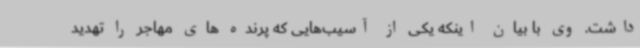
داشت. وی با بیان اینکه یکی از آسیب‌هایی که پرنده های مهاجر را تهدید